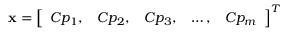
\mathbf { x } = \left[ \begin{array} { l l l l l } { C p _ { 1 } , } & { C p _ { 2 } , } & { C p _ { 3 } , } & { \dots , } & { C p _ { m } } \end{array} \right] ^ { T }